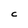
Character: C